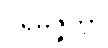
ပရိမဇ္ဇိတွာ